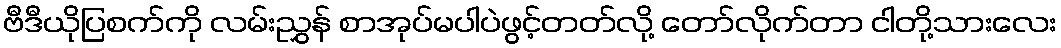
ဗီဒီယိုပြစက်ကို လမ်းညွှန် စာအုပ်မပါပဲဖွင့်တတ်လို့ တော်လိုက်တာ ငါတို့သားလေး